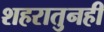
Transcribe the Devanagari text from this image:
शहरातुनही